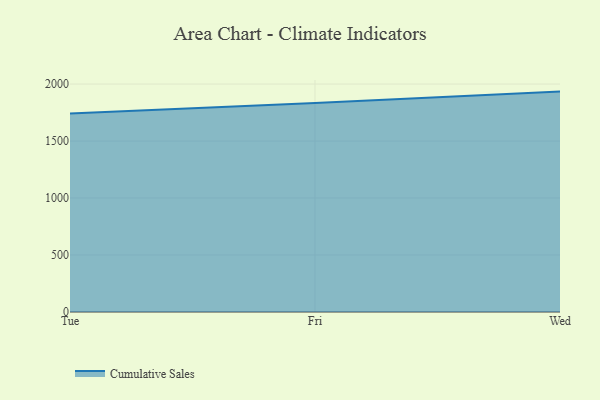
{"axis": {"x": "Day", "y": "Shipments"}, "legend": ["Cumulative Sales"], "data": [{"x": "Tue", "y": 1741.7, "type": "Cumulative Sales"}, {"x": "Fri", "y": 1833.9, "type": "Cumulative Sales"}, {"x": "Wed", "y": 1933.9, "type": "Cumulative Sales"}]}